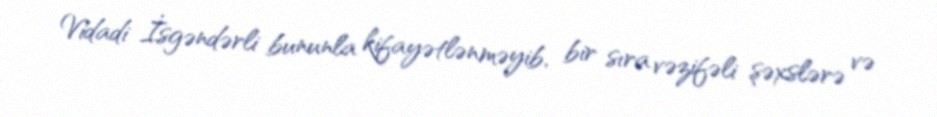
Vidadi İsgəndərli bununla kifayətlənməyib, bir sıra vəzifəli şəxslərə və